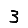
Digit: 3